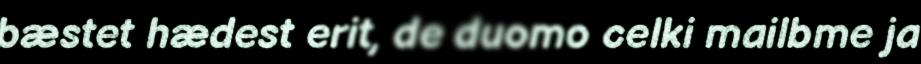
bæstet hædest erit, de duomo celki mailbme ja